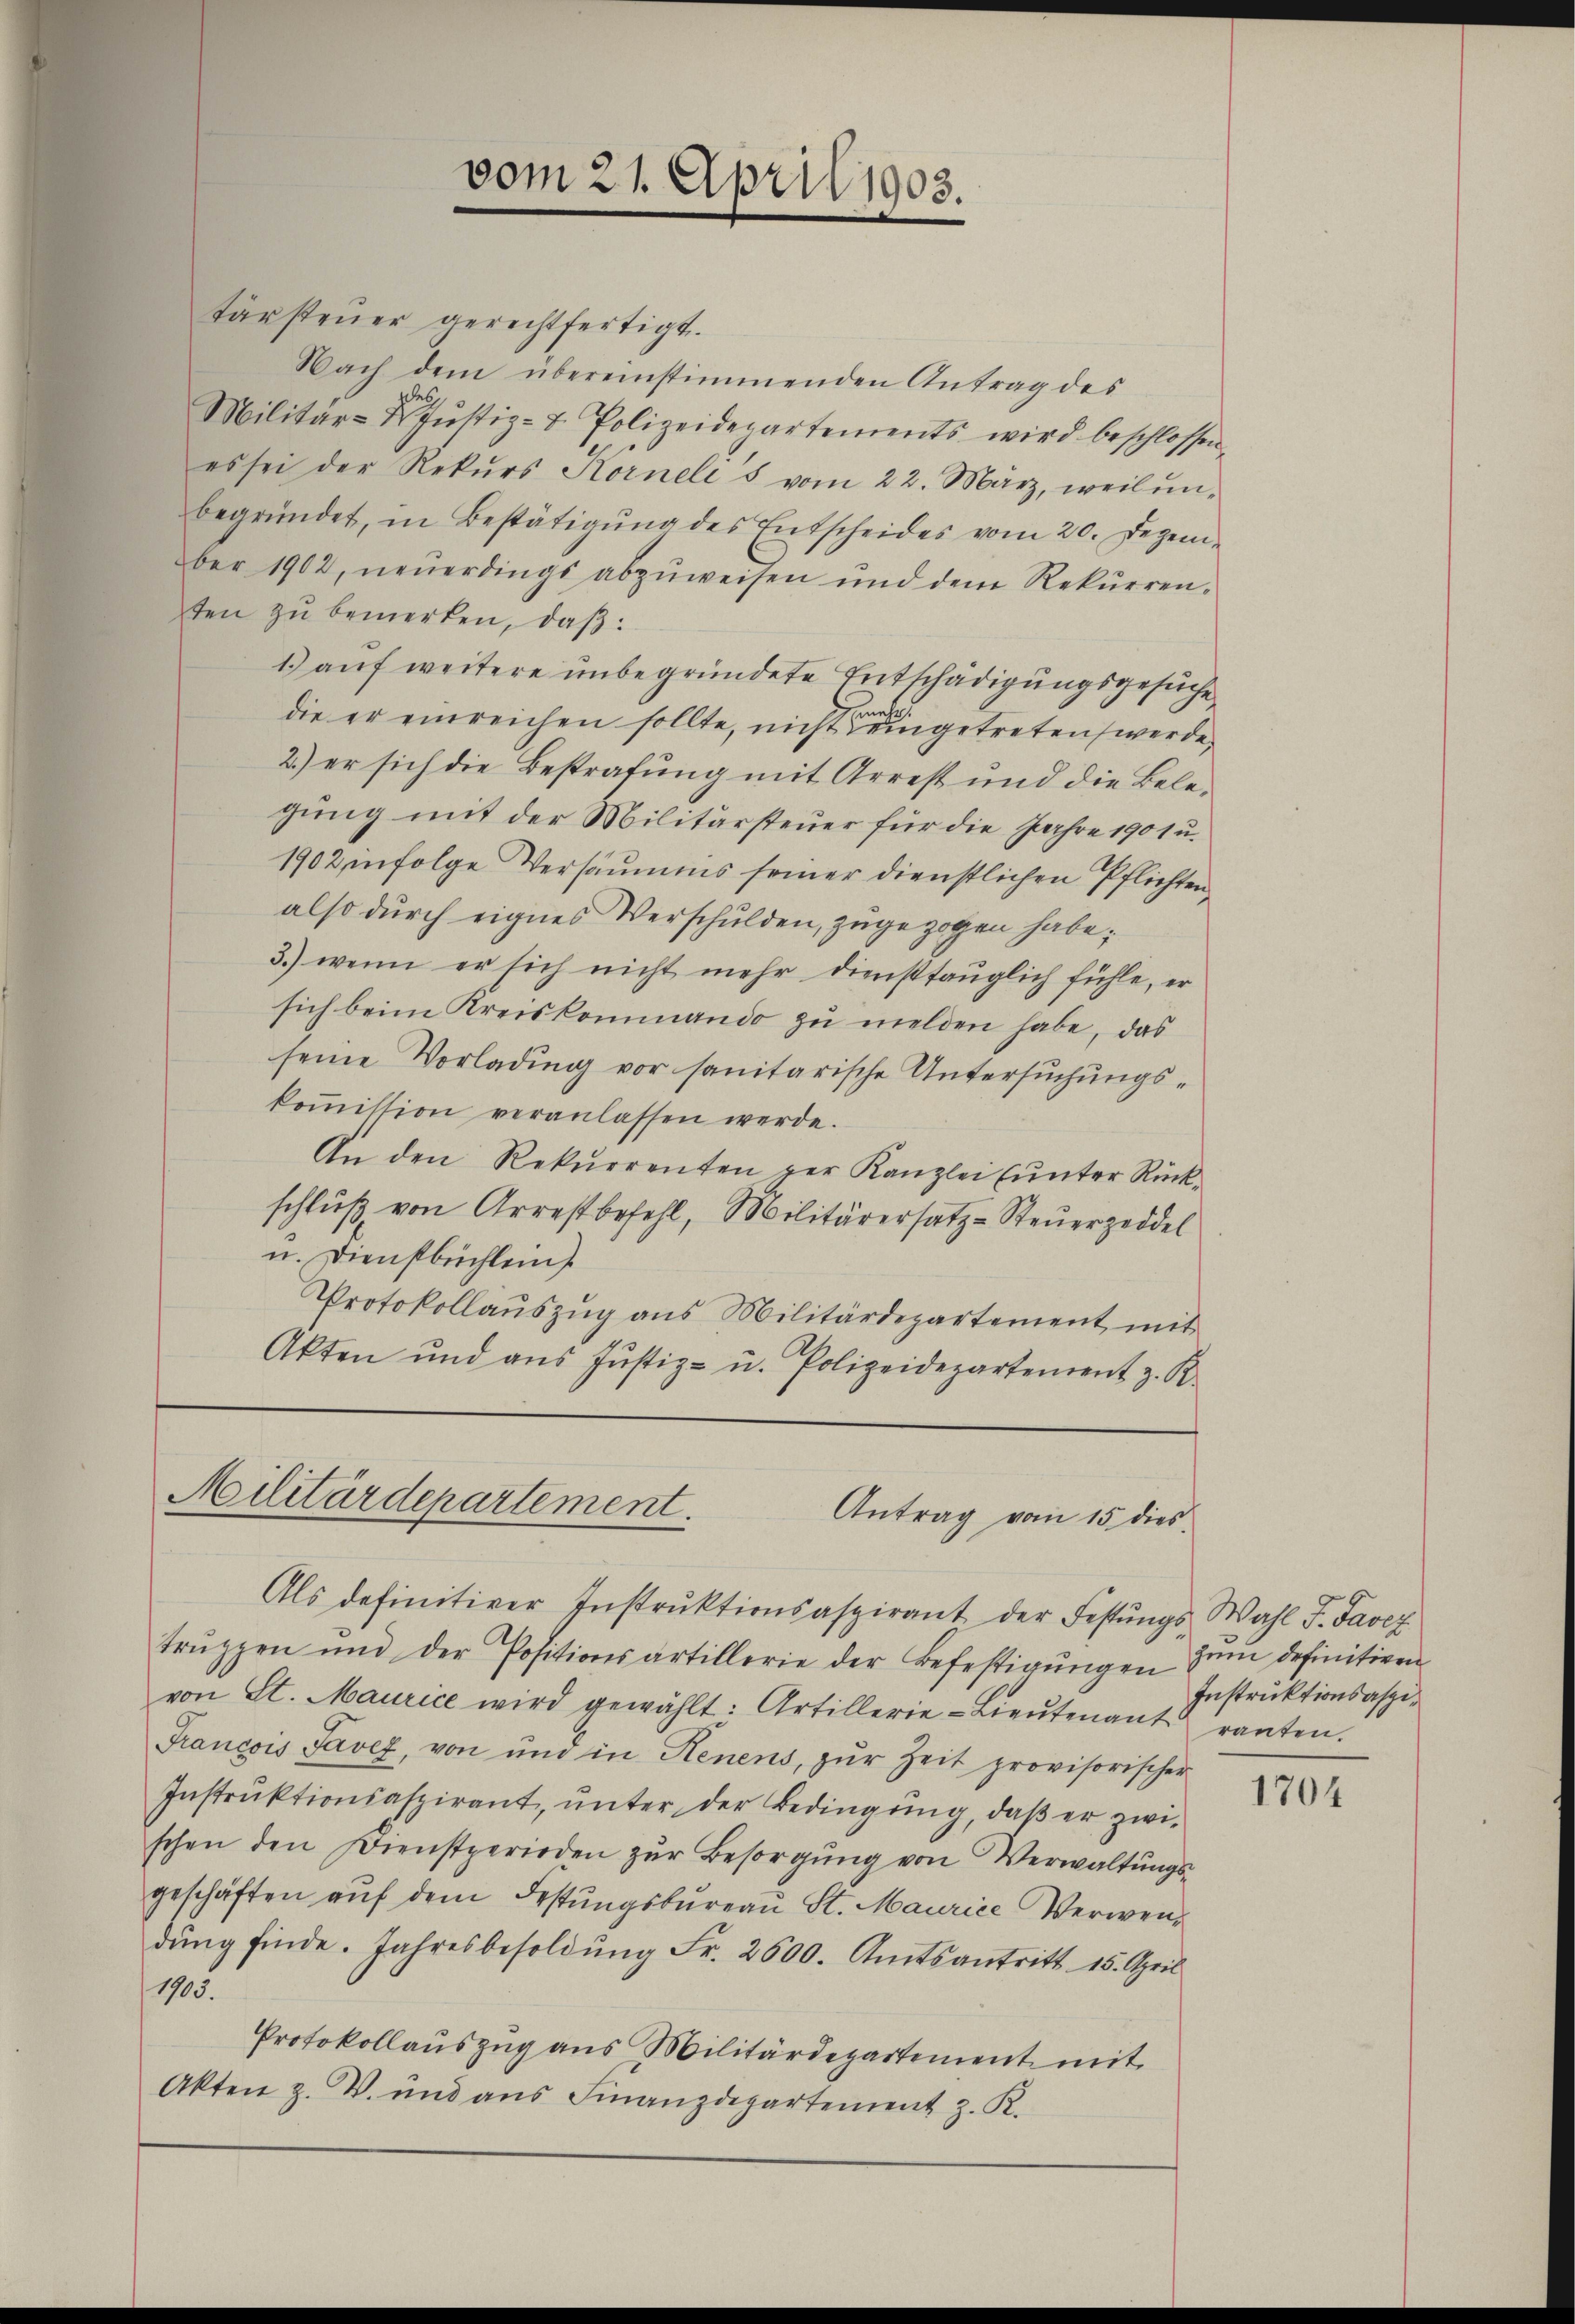
tärsteuer gerechtfertigt.
Nach dem übereinstimmenden Antrag des
des
Militär-Dr Justiz- & Polizeidepartements wird beschlossen,
es sei der Rekŭrs Kornelis vom 22. März, weil ŭn-
begründet, in Bestätigung des Entscheides vom 20. Dezember 1902, neŭerdings abzuweisen und dem Rekurrenten zu bemerken, daß:
1) auf weitere unbegründete Entschädigungsgesuche
die er einreichen sollte, nicht eingetreten werde.
2.) er sich die Bestrafung mit Arrest und die Belegung mit der Militärsteuer für die Jahre 1901 u.
1902 in folge Versäumnis seiner dienstlichen Pflichtenalso durch eignes Verschulden, zugezogen habe;
3.) wenn er sich nicht mehr diensttauglich fühle, er
sich beim Kreiskommando zu melden habe, das
seine Vorladung vor sanitarische Untersuchungskoṁission veranlassen werde.
An den Rekurrenten per Kanzlei (unter Rück-
schlŭβ von Arrestbefehl, Militärersatz-Steuerzeddel
u. Dienstbüchlein
Protokollauszug aus Militärdepartement mit
Akten und aus Justiz- u. Polizeidepartement z. R.

vom 21. April 1903.

Militärdepartement.
Antrag vom 15. dies
Als definitiver Instrŭktionsaspirant der Festŭngs Wahl F. Savez

trŭppen und der Positionsartillerie der Befestigŭngen zŭm definitiven
von St. Maurice wird gewählt: Artillerie-Lieŭtenantranten.
Francois Tavez, von und in Henens, zŭr Zeit provisorischer
Instruktionsaspirant, unter der Bedingung, daß er zwischen den Dienstperioden zŭr Besorgŭng von Verwaltungsgeschäften aŭf dem Festungsbureau St. Maurice Verwendŭng finde. Jahresbesoldŭng Fr. 2500. Amtsantritt 15. April
1905.
Protokollauszug aus Militärdepartement mit
Akten z. V. und aus Finanzdepartement z. R.

Instruktionsaspi¬

1704